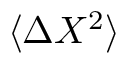
\langle { \mit \Delta } X ^ { 2 } \rangle